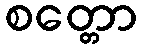
စတ္တော